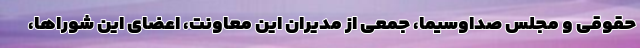
حقوقی و مجلس صداوسیما، جمعی از مدیران این معاونت، اعضای این شوراها،